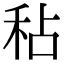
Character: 秥